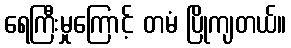
ရေကြီးမှုကြောင့် တမံ ပြိုကျတယ်။